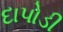
દાપોડી